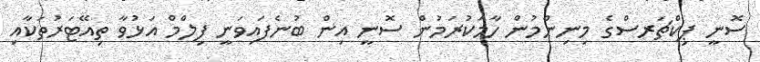
ސޮނީ ޕިކްޗަރސްގެ މިނިންމުން ހާމަކުރަމުން ސޮނީ އިން ބުނެފައިވަނީ ފިލްމް އަޅުވާ ތިއޭޓަރުތަކާއި